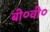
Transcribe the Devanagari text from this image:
बी०वी०